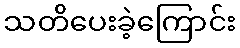
သတိပေးခဲ့ကြောင်း